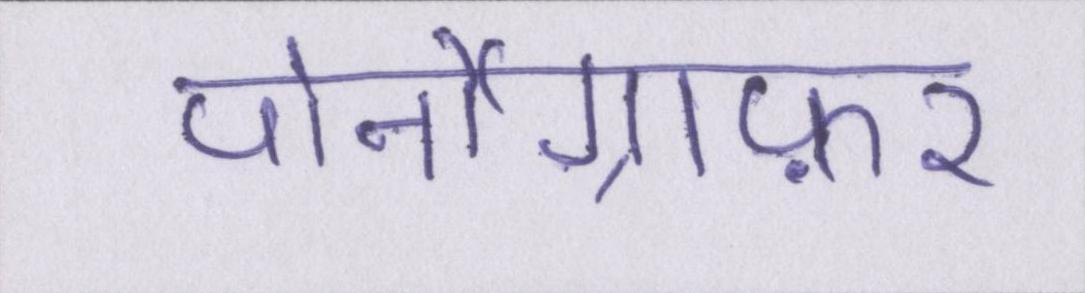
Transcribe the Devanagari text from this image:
पोर्नोग्राफ़र